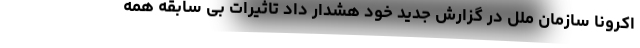
اکرونا سازمان ملل در گزارش جدید خود هشدار داد تاثیرات بی سابقه همه